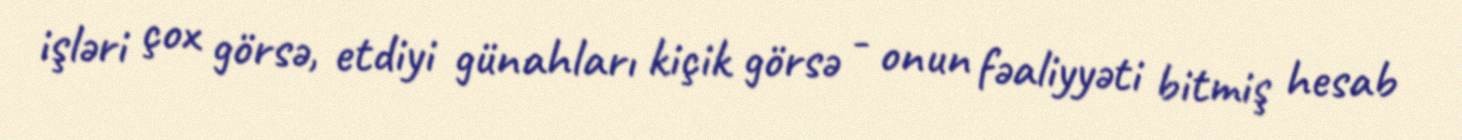
işləri çox görsə, etdiyi günahları kiçik görsə - onun fəaliyyəti bitmiş hesab